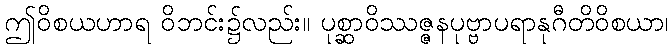
ဤဝိစယဟာရ ဝိဘင်း၌လည်း။ ပုစ္ဆာဝိဿဇ္ဇနပုဗ္ဗာပရာနုဂီတိဝိစယာ၊